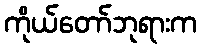
ကိုယ်တော်ဘုရားက